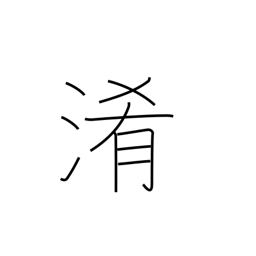
Meaning: turbidity